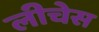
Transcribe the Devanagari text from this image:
लीचेस